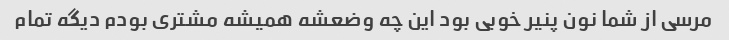
مرسی از شما نون پنیر خوبی بود این چه وضعشه همیشه مشتری بودم دیگه تمام